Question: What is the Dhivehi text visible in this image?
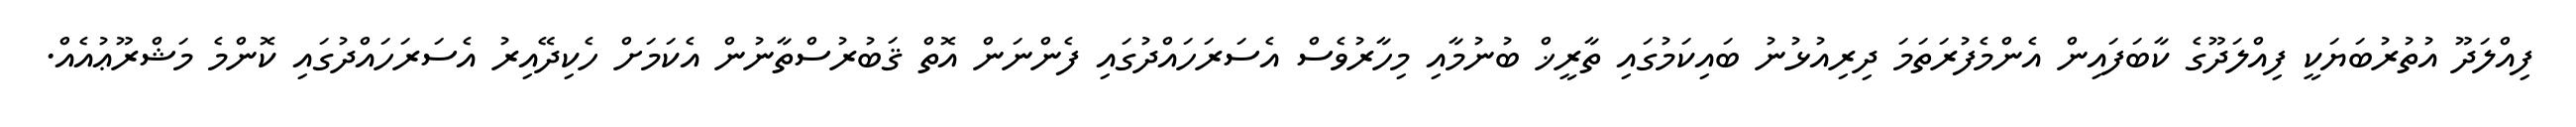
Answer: ފިއްލަދޫ އުތުރުބަޔަކީ ފިއްލަދޫގެ ކާބަފައިން އެންމެފުރަތަމަ ދިރިއުޅުނު ބައިކަމުގައި ތާރީޚް ބުނުމާއި މިހާރުވެސް އެސަރަހައްދުގައި ފެންނަން އޮތް ޤަބުރުސްތާނުން އެކަމަށް ހެކިދޭއިރު އެސަރަހައްދުގައި ކޮންމެ މަޝްރޫޢުއެއް.